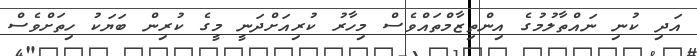
އަދި ކުނި ނައްތާލުމުގެ އިންތިޒާމްތައްވެސް މިހާރު ކުރިއަށްދަނީ މީގެ ކުރިން ބަޔަކު ހިތަށްވެސް